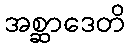
အစ္ဆာဒေတိ